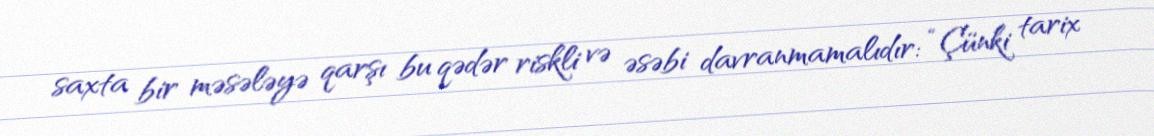
saxta bir məsələyə qarşı bu qədər riskli və əsəbi davranmamalıdır: “Çünki tarix